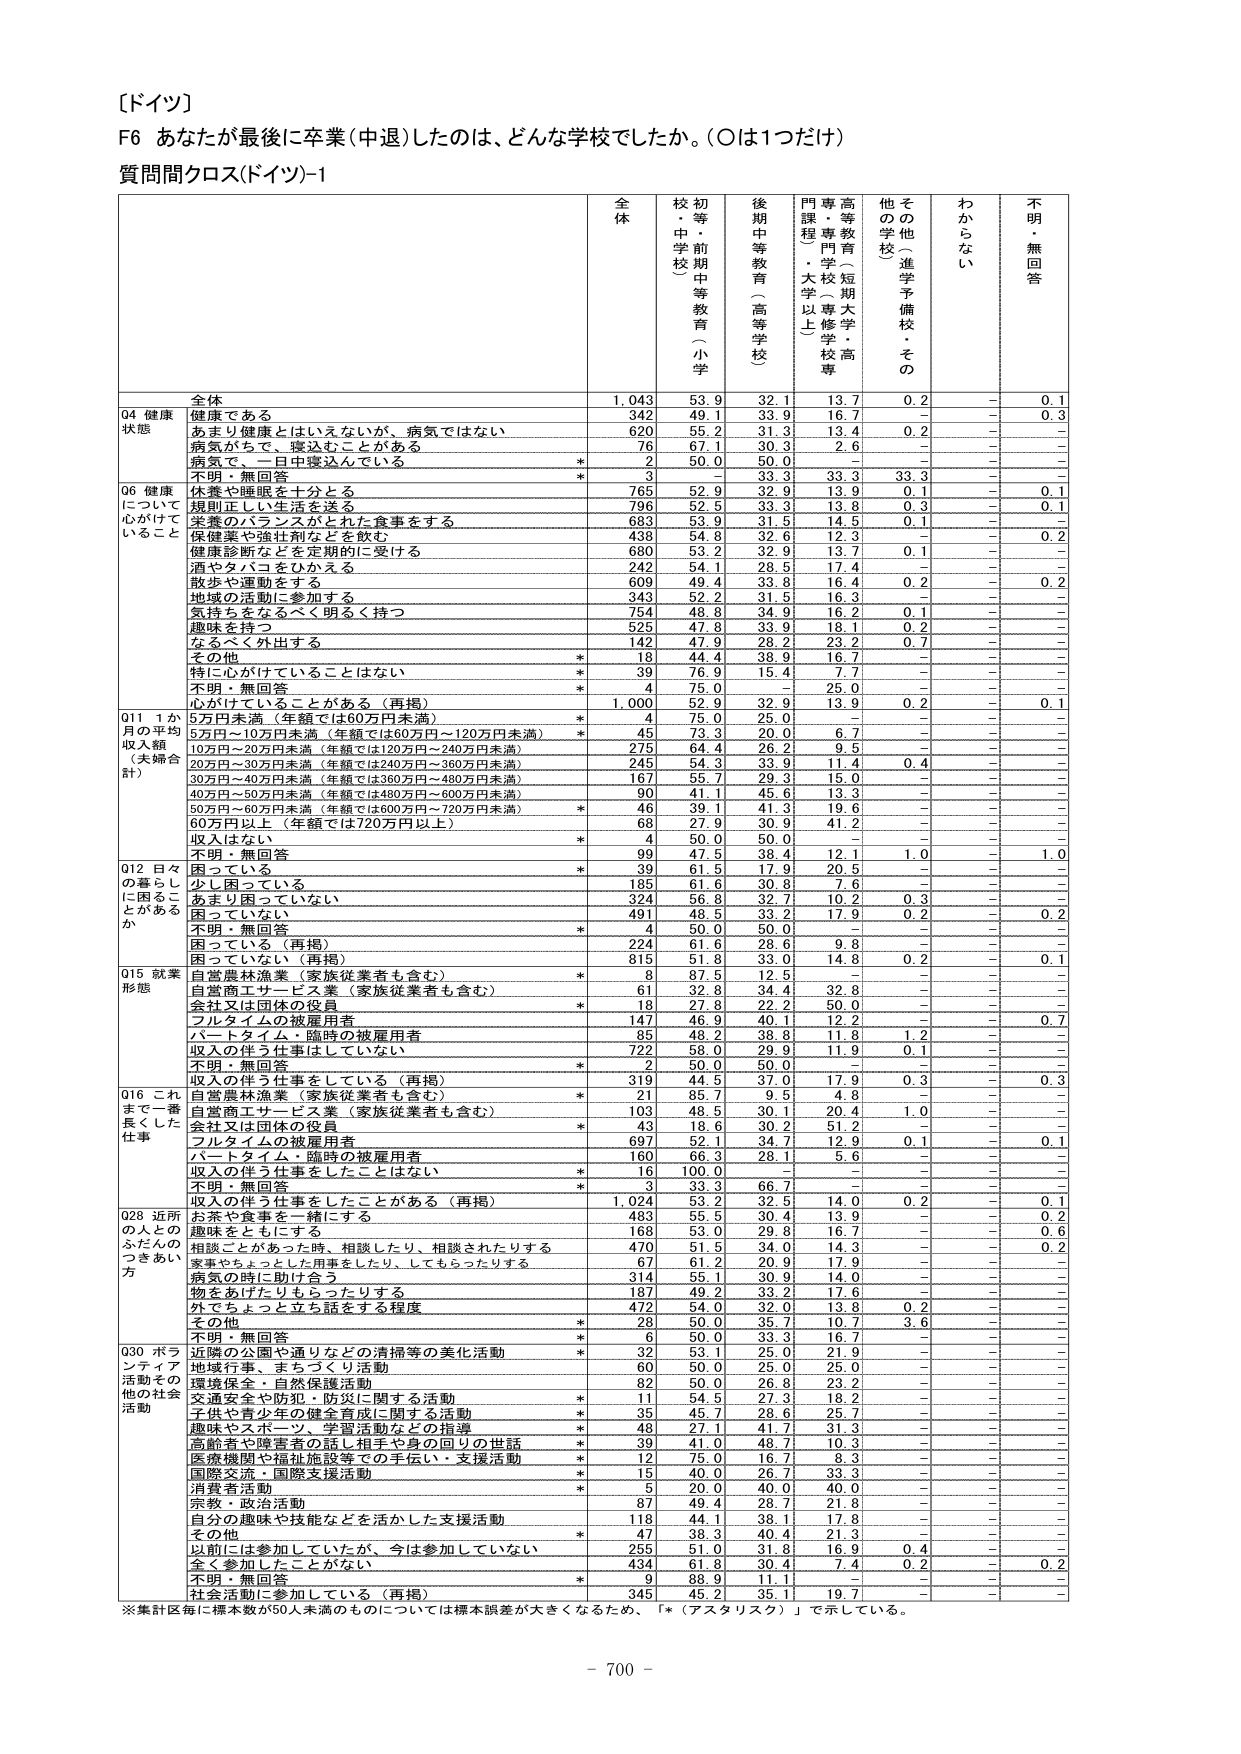
［ドイツ］
F6 あなたが最後に卒業（中退）したのは、どんな学校でしたか。（○は1つだけ）
質問間クロス（ドイツ）-1

全 体
校・等・前 期 中 等 教 育 （ 小 学 校 ）
後 期 中 等 教 育 （ 高 等 学 校 ）
高 等 教 育 （ 短 期 大 学 ・ 高 専 ・ 専 門 学 校 ）
門 課 程 （ 大 学 以 上 ）
そ の 他 （ 進 学 予 備 校 ・ そ の 他 の 学 校 ）
わ か ら な い
不 明 ・ 無 回 答

全体
1,043
53.9
32.1
13.7
0.2
－
0.1

Q4 健康状態
健康である
342
49.1
33.9
16.7
－
－
0.3
あまり健康とはいえないが、病気ではない
620
55.2
31.3
13.4
0.2
－
－
病気があって、寝込むことがある
76
67.1
30.3
2.6
－
－
－
病気で、一月中寝込んでいる
*
2
50.0
50.0
－
－
－
－
不明・無回答
*
3
33.3
33.3
33.3
－
－
－

Q6 健康について心がけていること
休養や睡眠を十分とる
765
52.9
32.9
13.9
0.1
－
0.1
規則正しい生活を送る
796
52.5
33.3
13.8
0.3
－
0.1
栄養のバランスがとれた食事をする
683
53.9
31.5
14.5
0.1
－
－
保健薬や強壮剤などを飲む
438
54.8
32.6
12.3
－
－
0.2
健康診断などを定期的に受ける
680
53.2
32.9
13.7
0.1
－
－
酒やタバコをひかえる
242
54.1
28.5
17.4
－
－
－
散歩や運動をする
609
49.4
33.8
16.4
0.2
－
0.2
地域の活動に参加する
343
52.2
31.5
16.3
－
－
－
気持ちをなるべく明るく持つ
754
48.8
34.9
16.2
0.1
－
－
趣味を持つ
525
47.8
33.9
18.1
0.2
－
－
なるべく外出する
142
47.9
28.2
23.2
0.7
－
－
その他
*
18
44.4
38.9
16.7
－
－
－
特に心がけていることはない
*
39
76.9
15.4
7.7
－
－
－
不明・無回答
*
4
75.0
－
25.0
－
－
－
心がけていることがある（再掲）
1,000
52.9
32.9
13.9
0.2
－
0.1

Q11 1か月の平均収入額（未婚合計）
5万円未満（年額では60万円未満）
*
4
75.0
25.0
－
－
－
－
5万円～10万円未満（年額では60万円～120万円未満）
*
45
73.3
20.0
6.7
－
－
－
10万円～20万円未満（年額では120万円～240万円未満）
275
64.4
26.2
9.5
－
－
－
20万円～30万円未満（年額では240万円～360万円未満）
245
54.3
33.9
11.4
0.4
－
－
30万円～40万円未満（年額では360万円～480万円未満）
167
55.7
29.3
15.0
－
－
－
40万円～50万円未満（年額では480万円～600万円未満）
90
41.1
45.6
13.3
－
－
－
50万円～60万円未満（年額では600万円～720万円未満）
*
46
39.1
41.3
19.6
－
－
－
60万円以上（年額では720万円以上）
68
27.9
30.9
41.2
－
－
－
収入はない
*
4
50.0
50.0
－
－
－
－
不明・無回答
99
47.5
38.4
12.1
1.0
－
1.0

Q12 日々の暮らしに困ることがあるか
困っている
*
39
61.5
17.9
20.5
－
－
－
少し困っている
185
61.6
30.8
7.6
－
－
－
あまり困っていない
324
56.8
32.7
10.2
0.3
－
－
困っていない
491
48.5
33.2
17.9
0.2
－
0.2
不明・無回答
*
4
50.0
50.0
－
－
－
－
困っている（再掲）
224
61.6
28.6
9.8
－
－
－
困っていない（再掲）
815
51.8
33.0
14.8
0.2
－
0.1

Q15 就業形態
自営農林漁業（家族従業者も含む）
*
8
87.5
12.5
－
－
－
－
自営商工サービス業（家族従業者も含む）
*
61
32.8
34.4
32.8
－
－
－
会社又は団体の役員
*
18
27.8
22.2
50.0
－
－
－
フルタイムの被雇用者
147
46.9
40.1
12.2
－
－
0.7
パートタイム・臨時の被雇用者
85
48.2
38.8
11.8
1.2
－
－
収入の伴う仕事はしていない
722
58.0
29.9
11.9
0.1
－
－
不明・無回答
*
2
50.0
50.0
－
－
－
－

Q16 これまで一番長くした仕事
収入の伴う仕事をしている（再掲）
319
44.5
37.0
17.9
0.3
－
0.3
自営農林漁業（家族従業者も含む）
*
21
85.7
9.5
4.8
－
－
－
自営商工サービス業（家族従業者も含む）
*
103
48.5
30.1
20.4
1.0
－
－
会社又は団体の役員
*
43
18.6
30.2
51.2
－
－
－
フルタイムの被雇用者
697
52.1
34.7
12.9
0.1
－
0.1
パートタイム・臨時の被雇用者
160
66.3
28.1
5.6
－
－
－
収入の伴う仕事をしたことはない
*
16
100.0
－
－
－
－
－
不明・無回答
*
3
33.3
66.7
－
－
－
－
収入の伴う仕事をしたことがある（再掲）
1,024
53.2
32.5
14.0
0.2
－
0.1

Q28 近所の人とのふだんのつきあい方
お茶や食事を一緒にする
483
55.5
30.4
13.9
－
－
0.2
趣味をともにする
168
53.0
29.8
16.7
－
－
0.6
相談ごとがあった時、相談したり、相談されたりする
470
51.5
34.0
14.3
－
－
0.2
家事やちょっとした用事をしたり、してもらったりする
67
61.2
20.9
17.9
－
－
－
病気の時に助け合う
314
55.1
30.9
14.0
－
－
－
物をあげたりもらったりする
187
49.2
33.2
17.6
－
－
－
外でちょっと立ち話をする程度
472
54.0
32.0
13.8
0.2
－
－
その他
*
28
50.0
35.7
10.7
3.6
－
－
不明・無回答
*
6
50.0
33.3
16.7
－
－
－

Q30 ボランティア活動その他の社会活動
近隣の公園や通りなどの清掃等の美化活動
*
32
53.1
25.0
21.9
－
－
－
地域行事、まちづくり活動
60
50.0
25.0
25.0
－
－
－
環境保全・自然保護活動
82
50.0
26.8
23.2
－
－
－
交通安全や防犯・防災に関する活動
*
11
54.5
27.3
18.2
－
－
－
子供や青少年の健全育成に関する活動
*
35
45.7
28.6
25.7
－
－
－
趣味やスポーツ、学習活動などの指導
*
48
27.1
41.7
31.3
－
－
－
高齢者や障害者の話し相手や身の回りの世話
*
39
41.0
48.7
10.3
－
－
－
医療機関や福祉施設等での手伝い・支援活動
*
12
75.0
16.7
8.3
－
－
－
国際交流・国際支援活動
*
15
40.0
26.7
33.3
－
－
－
消費者活動
*
5
20.0
40.0
40.0
－
－
－
宗教・政治活動
87
49.4
28.7
21.8
－
－
－
自分の趣味や技能などを活かした支援活動
118
44.1
38.1
17.8
－
－
－
その他
*
47
38.3
40.4
21.3
－
－
－
以前には参加していたが、今は参加していない
255
51.0
31.8
16.9
0.4
－
－
全く参加したことがない
434
61.8
30.4
7.4
0.2
－
0.2
不明・無回答
*
9
88.9
11.1
－
－
－
－
社会活動に参加している（再掲）
345
45.2
35.1
19.7
－
－
－

※集計区毎に標本数が50人未満のものについては標本誤差が大きくなるため、「*（アスタリスク）」で示している。

－ 700 －